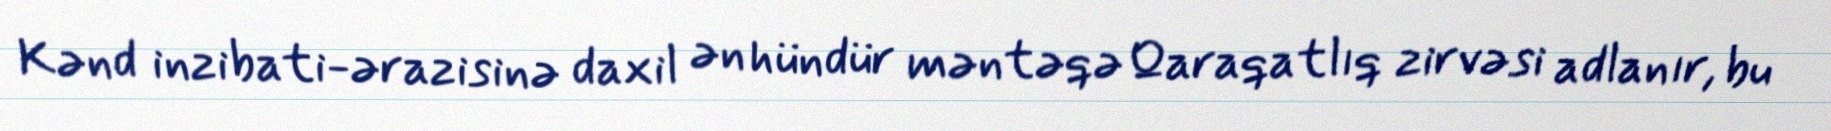
Kənd inzibati-ərazisinə daxil ən hündür məntəqə Qaraqatlıq zirvəsi adlanır, bu